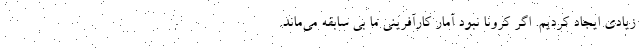
زیادی ایجاد کردیم. اگر کرونا نبود آمار کارآفرینی ما بی سابقه می‌ماند.